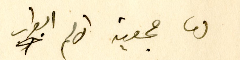
لها جمعية الامم ابواب